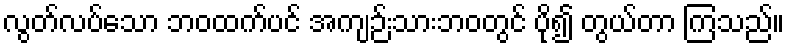
လွတ်လပ်သော ဘဝထက်ပင် အကျဉ်းသားဘဝတွင် ပို၍ တွယ်တာ ကြသည်။